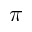
\pi